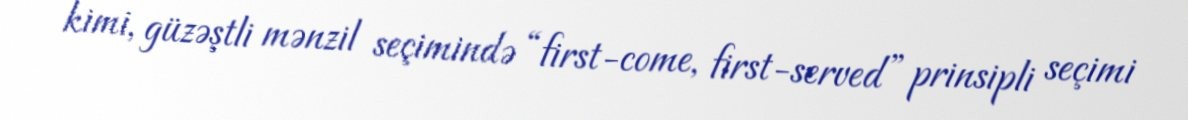
kimi, güzəştli mənzil seçimində “first-come, first-served” prinsipli seçimi